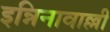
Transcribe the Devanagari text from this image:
इन्निनावाल्ली